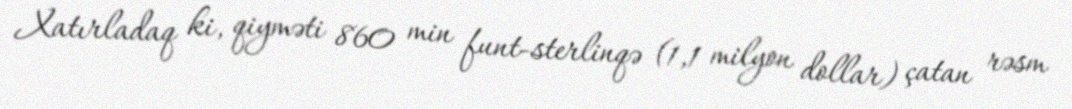
Xatırladaq ki, qiyməti 860 min funt-sterlinqə (1,1 milyon dollar) çatan rəsm